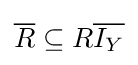
{\overline {R}}\subseteq R{\overline {I_{Y}}}